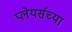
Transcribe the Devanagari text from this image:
प्लेयर्सच्या